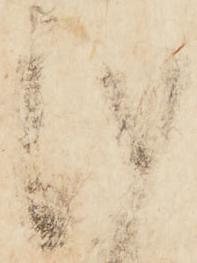
儀